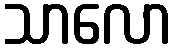
သာလော